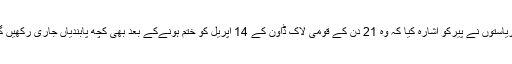
ان ریاستوں نے پیرکو اشارہ کیا کہ وہ 21 دن کے قومی لاک ڈاون کے 14 اپریل کو ختم ہونےکے بعد بھی کچھ پابندیاں جاری رکھیں گے۔